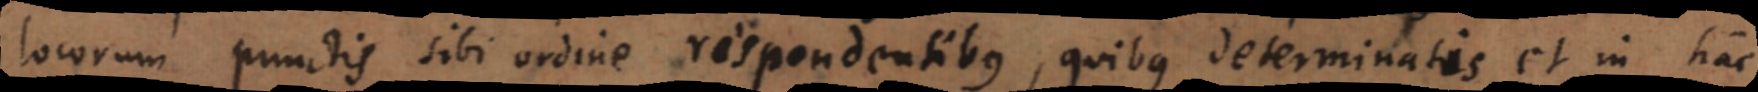
locorum punctis sibi ordine respondentibus, quibus determinatis et in hac